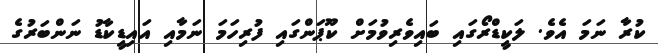
ކުރާ ނަމަ އެވެ. ލަކީޑްރޯގައި ބައިވެރިވުމަށް ކޫޕަންގައި ފުރިހަމަ ނަމާއި އައިޑީކާޑު ނަންބަރުގެ